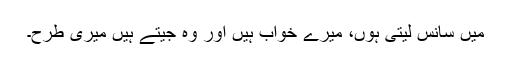
میں سانس لیتی ہوں، میرے خواب ہیں اور وہ جیتے ہیں میری طرح۔